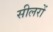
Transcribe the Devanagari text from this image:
सीलरों